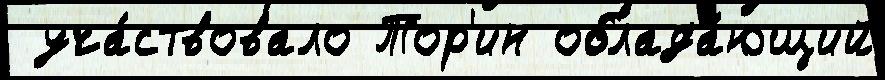
 уча́ствовало Тор'ин облада́ющий